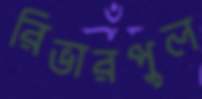
রিভারপুল